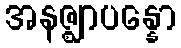
အနဇ္ဈာပန္နော